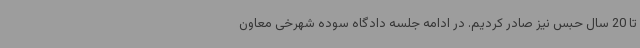
تا 20 سال حبس نیز صادر کردیم. در ادامه جلسه دادگاه سوده شهرخی معاون